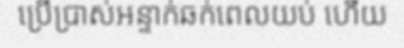
ប្រើប្រាស់អន្ទាក់ឆក់ពេលយប់ ហើយ